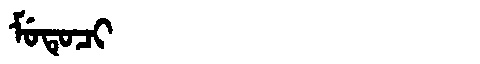
Manchu: ᠮᡠᡨᡠᠴᡳ
Romanization: MUTUCI